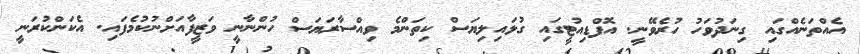
އެއްތަނެއްގައި ގިނަދުވަހު ހުރެވޭނީ. އޮފްޑިއުޓީގައި ގުޅައިލިޔަސް ކިތަންމެ ވިއްސާރަޔަސް ހުންނާނީ ވަޒީފާއަށްނުކުމެފައި. އެކަންކުރަނީ